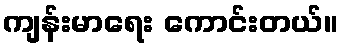
ကျန်းမာရေး ကောင်းတယ်။